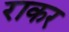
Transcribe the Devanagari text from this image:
राकर